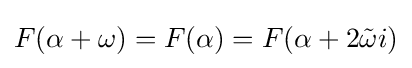
F(\alpha +\omega )=F(\alpha )=F(\alpha +2{\tilde {\omega }}i)